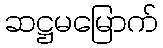
ဆဋ္ဌမမြောက်